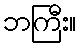
ဘကြီး။